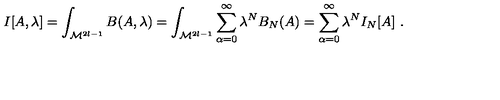
I [ A , \lambda ] = \int _ { { \cal M } ^ { 2 l - 1 } } B ( A , \lambda ) = \int _ { { \cal M } ^ { 2 l - 1 } } \sum _ { \alpha = 0 } ^ { \infty } \lambda ^ { N } B _ { N } ( A ) = \sum _ { \alpha = 0 } ^ { \infty } \lambda ^ { N } I _ { N } [ A ] \ .